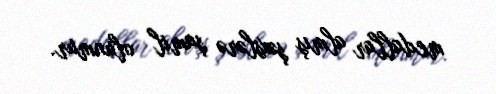
medallar almış şəxslərə şamil olunmur.